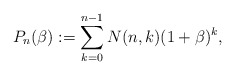
\begin{gather*} P_n(\beta):=\sum_{k=0}^{n-1}N(n,k) (1+\beta)^k,\end{gather*}